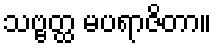
သဗ္ဗတ္ထ မပရာဇိတာ။